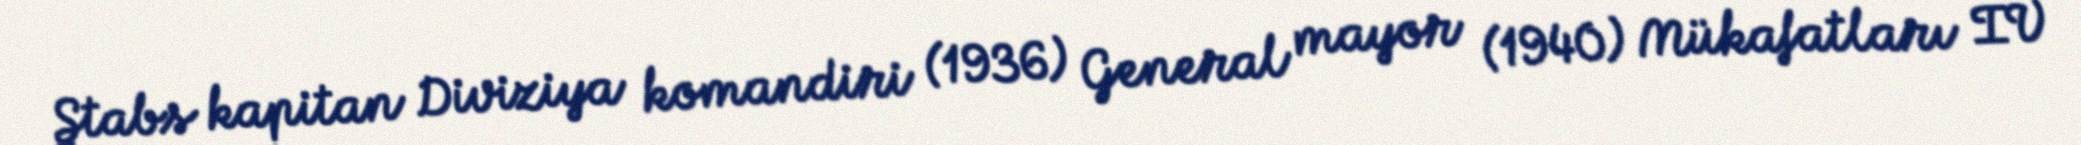
Ştabs kapitan Diviziya komandiri (1936) General mayor (1940) Mükafatları IV